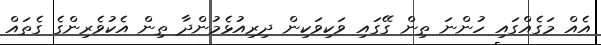
އެއް މަގެއްގައި ހުންނަ ތިން ގޭގައި ވަކިވަކިން ދިރިއުޅެމުންދާ ތިން އެކުވެރިންގެ ގެތައް